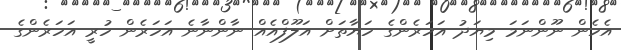
އެހެން ނޫންނަމަ މިޔަދު އަހަރެންގެ ހަޔާތަށް އަލޫފްއެއް ނާންނާނެ އަހަރެން ހުރީ އަހަރެންގެ